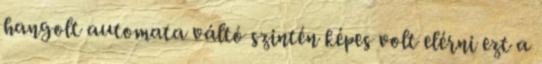
hangolt automata váltó szintén képes volt elérni ezt a